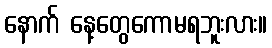
နောက် နေ့တွေကောမရဘူးလား။